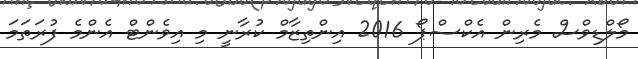
މޯލްޑިވްސް މެރިން އެކްސްޕޯ 2016 އިންތިޒާމް ކުރާނީ މި އިވެންޓް އެންމެ ފުރަތަމަ